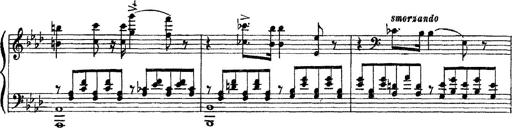
Title: 3 sonetti di Petrarca
Composer: Franz Liszt